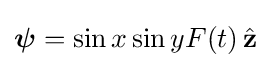
{\boldsymbol {\psi }}=\sin x\sin yF(t)\,{\hat {\mathbf {z} }}